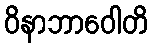
ဝိနာဘာဝေါတိ